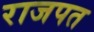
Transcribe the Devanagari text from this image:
राजपत